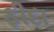
ફીદા